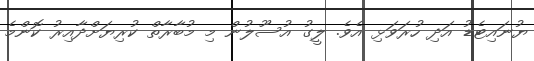
ޔުނައިޓެޑު އަދި ހުރަވަޅި އެވެ. ލީގު އުސޫލުން މި މުބާރާތް ކުރިޔަށްދާއިރު ކޮންމެ